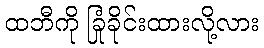
ထဘီကို ခြုံခိုင်းထားလို့လား